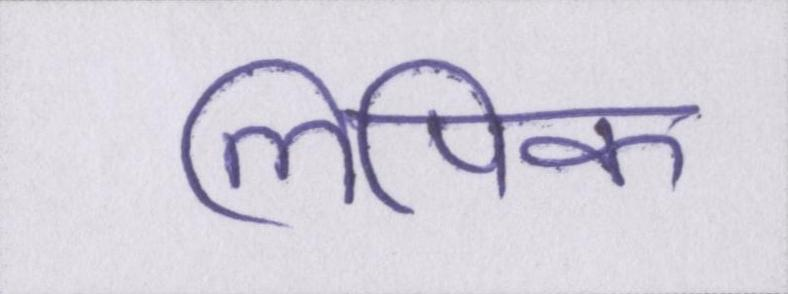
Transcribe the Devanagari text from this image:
लिपिक